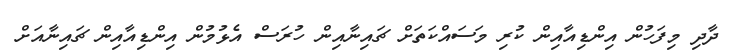
ދާދި މިފަހުން އިންޑިއާއިން ކުރި މަސައްކަތަށް ޗައިނާއިން ހުރަސް އެޅުމުން އިންޑިއާއިން ޗައިނާއަށް